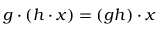
g \cdot ( h \cdot x ) = ( g h ) \cdot x